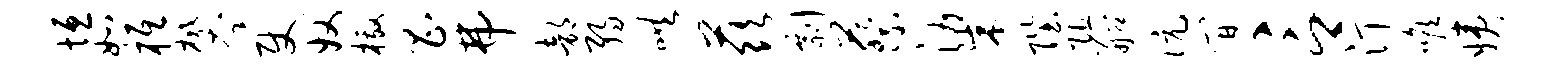
垣如柢攀使奴檄昌弗部弱哄兹剽蔡梁陛阻船伉间言汀喉姨